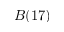
B ( 1 7 )